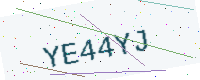
Text: YE44YJ